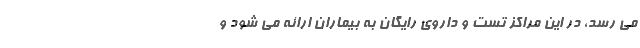
می رسد، در این مراکز تست و داروی رایگان به بیماران ارائه می شود و